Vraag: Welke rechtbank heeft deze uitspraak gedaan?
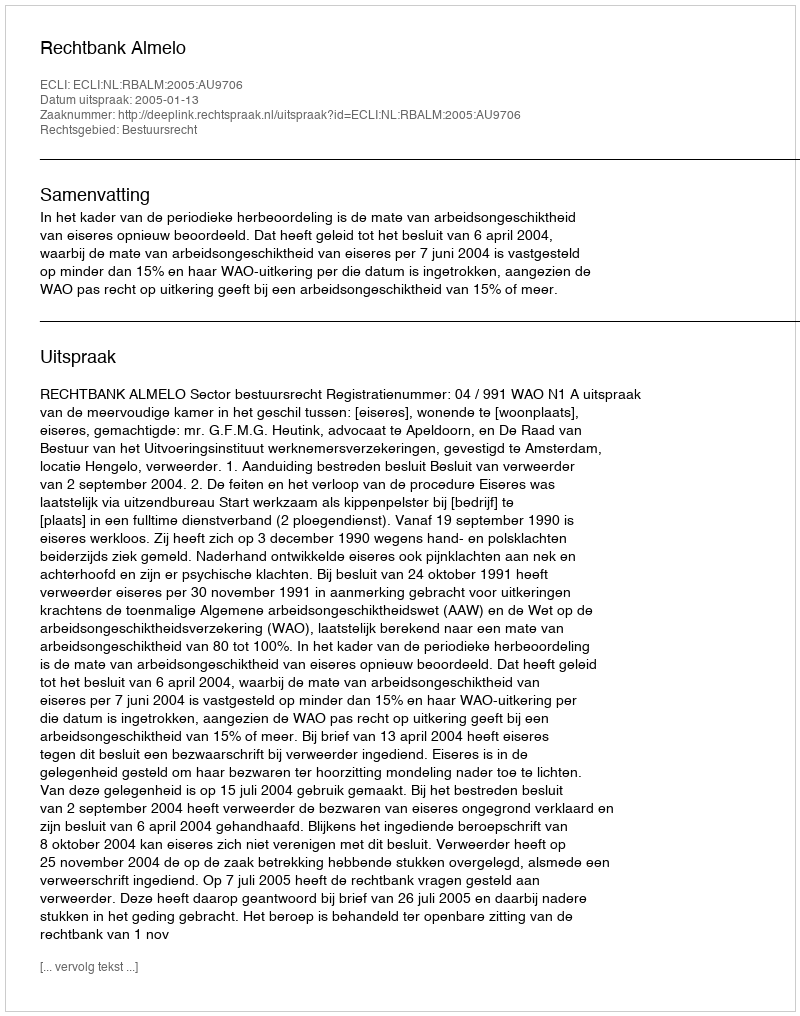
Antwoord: Rechtbank Almelo